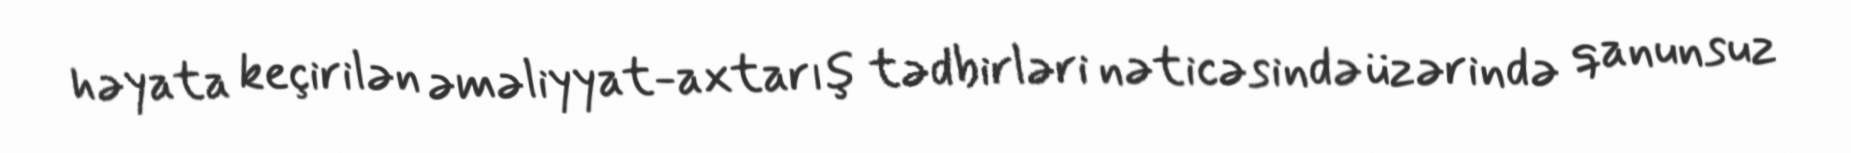
həyata keçirilən əməliyyat-axtarış tədbirləri nəticəsində üzərində qanunsuz